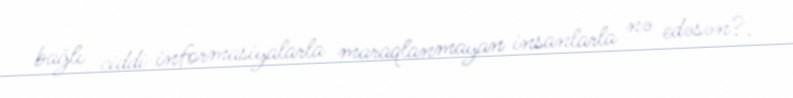
bağlı ciddi informasiyalarla maraqlanmayan insanlarla nə edəsən?.